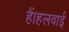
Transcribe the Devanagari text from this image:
हैं।हलवाई